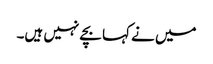
میں نے کہا بچے نہیں ہیں۔